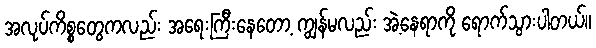
အလုပ်ကိစ္စတွေကလည်း အရေးကြီးနေတော့ ကျွန်မလည်း အဲ့နေရာကို ရောက်သွားပါတယ်။